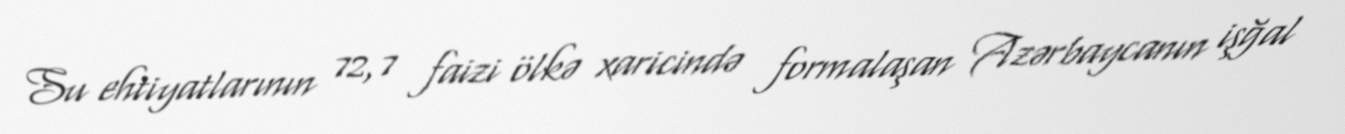
Su ehtiyatlarının 72,7 faizi ölkə xaricində formalaşan Azərbaycanın işğal